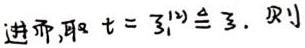
进而, 取 $t = 3_{(1)} \triangleq 3$. 则